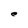
Character: e